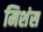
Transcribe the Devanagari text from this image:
मिशंस